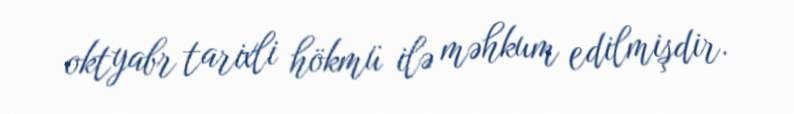
oktyabr tarixli hökmü ilə məhkum edilmişdir.